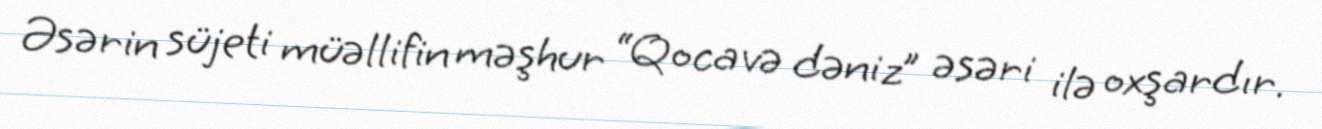
Əsərin süjeti müəllifin məşhur “Qoca və dəniz” əsəri ilə oxşardır.